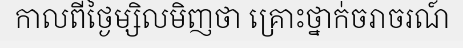
កាលពីថ្ងៃម្សិលមិញថា គ្រោះថ្នាក់ចរាចរណ៍